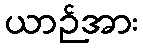
ယာဉ်အား